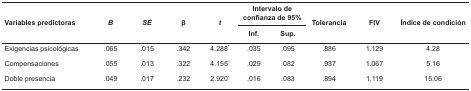
| <ROWSPAN=2> Variables predictoras | <ROWSPAN=2> B | <ROWSPAN=2> SE | <ROWSPAN=2> β | <ROWSPAN=2> t | <COLSPAN=2> Intervalo de confianza de 95% | <ROWSPAN=2> Tolerancia | <ROWSPAN=2> FIV | <ROWSPAN=2> Índice de condición |
 | Inf. | Sup. |
 | --- | --- | --- | --- | --- | --- | --- | --- | --- | --- |
 | Exigencias psicológicas | .065 | .015 | .342 | 4.288* | .035 | .095 | .886 | 1.129 | 4.28 |
 | Compensaciones | .055 | .013 | .322 | 4.155* | .029 | .082 | .937 | 1.067 | 5.16 |
 | Doble presencia | .049 | .017 | .232 | 2.920* | .016 | .083 | .894 | 1.119 | 15.06 |